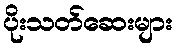
ပိုးသတ်ဆေးများ